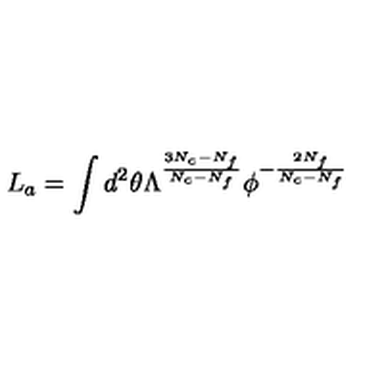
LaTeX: L _ { a } = \int d ^ { 2 } \theta \Lambda ^ { \frac { 3 N _ { c } - N _ { f } } { N _ { c } - N _ { f } } } \phi ^ { - \frac { 2 N _ { f } } { N _ { c } - N _ { f } } }